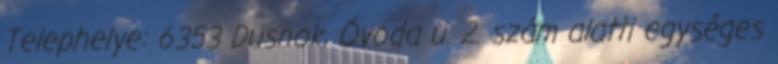
Telephelye: 6353 Dusnok, Óvoda u. 2. szám alatti egységes